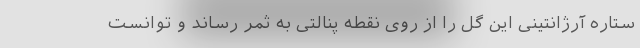
ستاره آرژانتینی این گل را از روی نقطه پنالتی به ثمر رساند و توانست